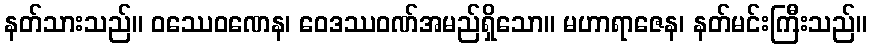
နတ်သားသည်။ ဝဿေဝဏေန၊ ဝေဒဿဝဏ်အမည်ရှိသော။ မဟာရာဇေန၊ နတ်မင်းကြီးသည်။